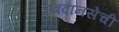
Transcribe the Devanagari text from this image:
रबदानसेची